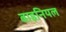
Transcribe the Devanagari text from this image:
बाइनियल